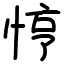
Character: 悙